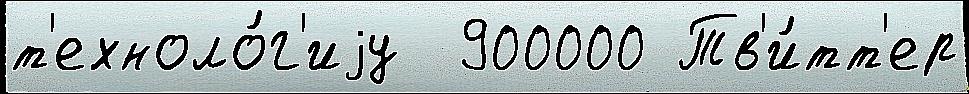
т'ехноло́г'иjу  900000 Тв'и́тт'ер